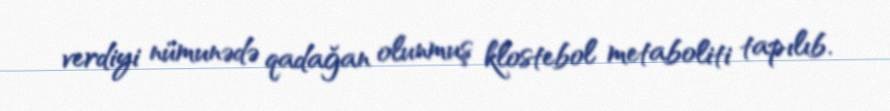
verdiyi nümunədə qadağan olunmuş klostebol metaboliti tapılıb.